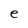
Character: e